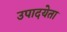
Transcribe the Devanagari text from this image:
उपादयेता